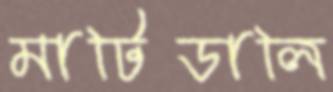
মাটিডালি